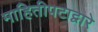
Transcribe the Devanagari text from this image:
माहितीपटाद्वारे